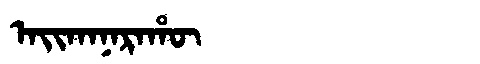
Manchu: ᠠᡳᡴᠠᠨᠠᡵᠠᡥᡡ
Romanization: AIKANARAHŪ